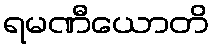
ရမဏီယောတိ